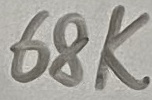
Text: 68K